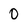
Character: 0